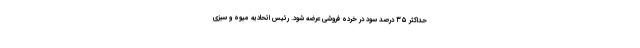
حداکثر ۳۵ درصد سود در خرده فروشی عرضه شود. رئیس اتحادیه میوه و سبزی